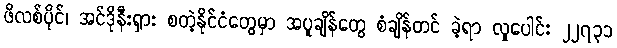
ဖိလစ်ပိုင်၊ အင်ဒိုနီးရှား စတဲ့နိုင်ငံတွေမှာ အပူချိန်တွေ စံချိန်တင် ခဲ့ရာ လူပေါင်း ၂၂၇၃၁